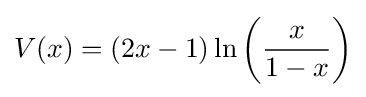
V(x)=(2x-1)\ln \left({\frac {x}{1-x}}\right)